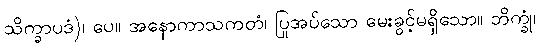
သိက္ခာပဒံ)၊ ပေ။ အနောကာသကတံ၊ ပြုအပ်သော မေးခွင့်မရှိသော။ ဘိက္ခုံ၊